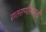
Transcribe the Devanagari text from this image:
रातराणीसारखी